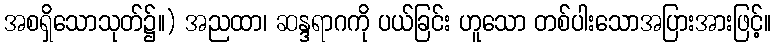
အစရှိသောသုတ်၌။) အညထာ၊ ဆန္ဒရာဂကို ပယ်ခြင်း ဟူသော တစ်ပါးသောအပြားအားဖြင့်။